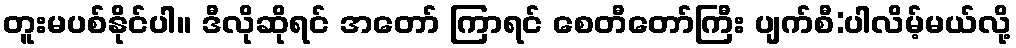
တူးမပစ်နိုင်ပါ။ ဒီလိုဆိုရင် အတော် ကြာရင် စေတီတော်ကြီး ပျက်စီ:ပါလိမ့်မယ်လို့